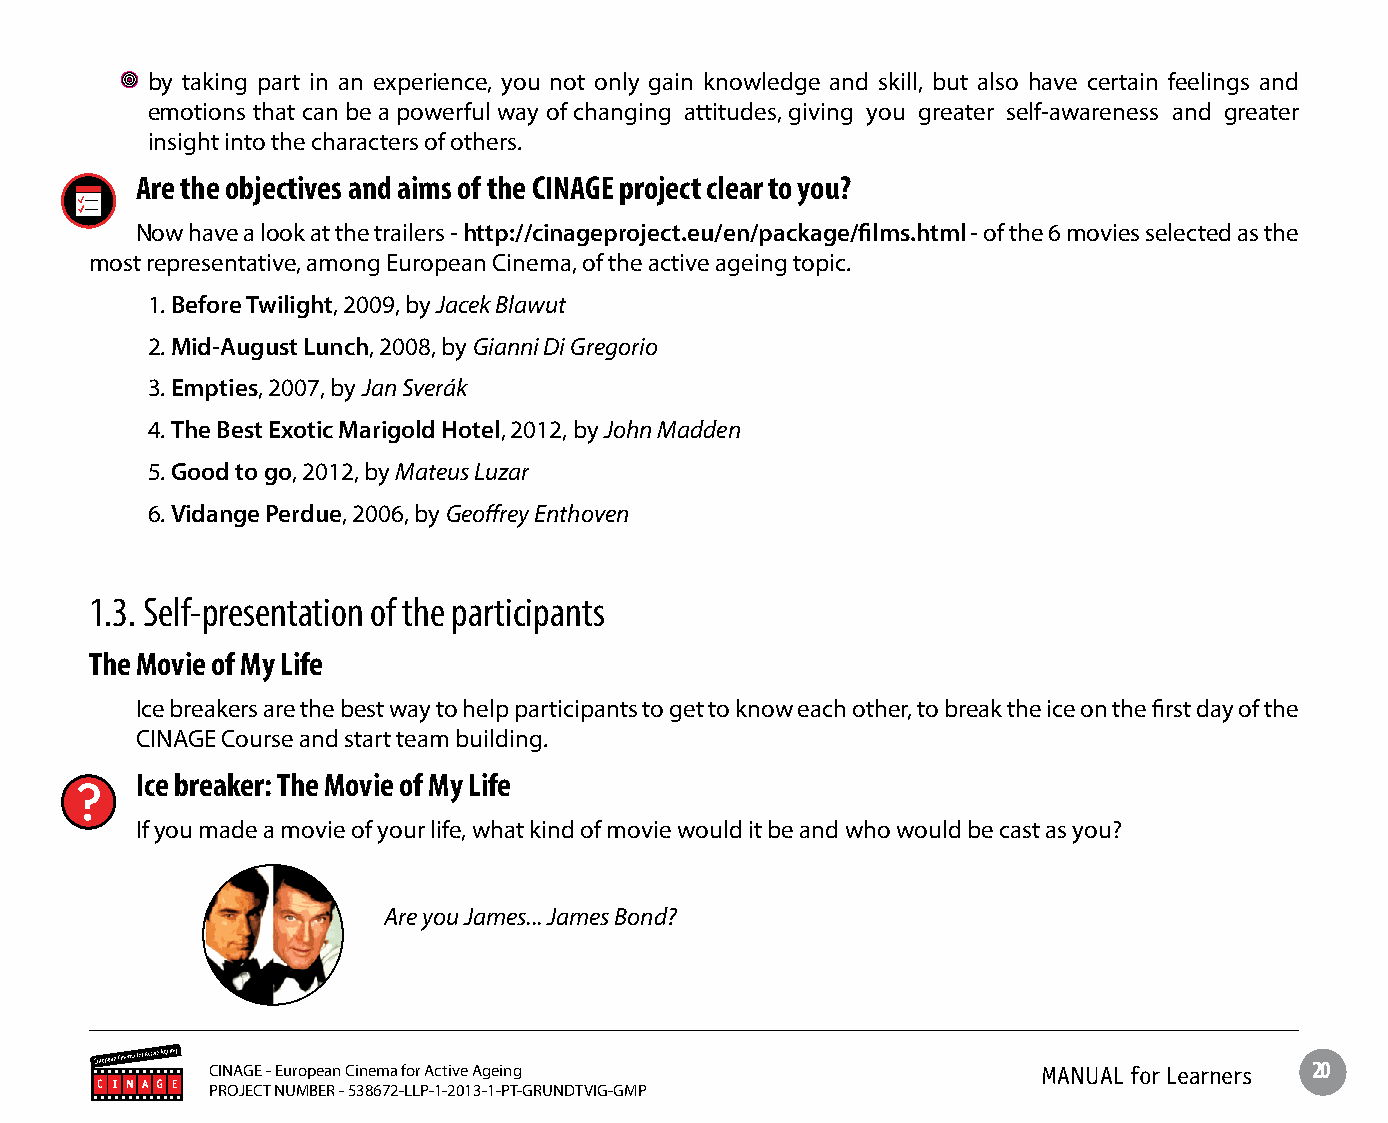
by taking part in an experience, you not only gain knowledge and skill, but also have certain feelings and
 emotions that can be a powerful way of changing attitudes, giving you greater self-awareness and greater
 insight into the characters of others.
 Are the objectives and aims of the CINAGE project clear to you?
 Now have a look at the trailers - http://cinageproject.eu/en/package/films.html - of the 6 movies selected as the
 most representative, among European Cinema, of the active ageing topic.
 1. Before Twilight, 2009, by Jacek Blawut
 2. Mid-August Lunch, 2008, by Gianni Di Gregorio
 3. Empties, 2007, by Jan Sverák
 4. The Best Exotic Marigold Hotel, 2012, by John Madden
 5. Good to go, 2012, by Mateus Luzar
 6. Vidange Perdue, 2006, by Geoffrey Enthoven
 1.3. Self-presentation of the participants
 The Movie of My Life
 Ice breakers are the best way to help participants to get to know each other, to break the ice on the first day of the
 CINAGE Course and start team building.
 Ice breaker: The Movie of My Life
 If you made a movie of your life, what kind of movie would it be and who would be cast as you?
 Are you James... James Bond?
 CINAGE - European Cinema for Active Ageing             MANUAL for Learners 20
 PROJECT NUMBER - 538672-LLP-1-2013-1-PT-GRUNDTVIG-GMP